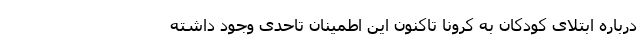
درباره ابتلای کودکان به کرونا تاکنون این اطمینان تاحدی وجود داشته